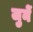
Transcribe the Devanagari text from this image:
जुनें